Document type: Sale
Year: 1423
Scribe: Joan Franc
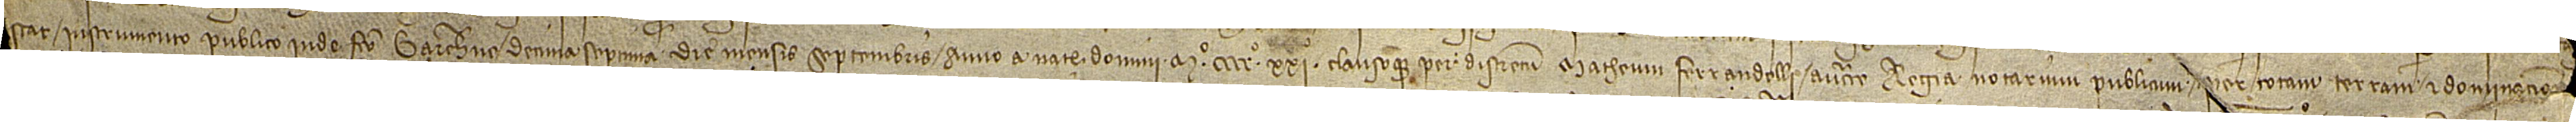
stat instrumento publico inde facto Barchinone decima septima die mensis septembris, anno a Nativitate Domini Mº CCCCº XXIº, clausoque per discretum Matheum Ferrandelli, auctoritate regia notarium publicum per totam terram et dominacio[ne]m [illustrissimi domini  Aragonum regis], [...], [et]